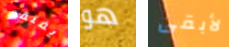
يفتقد هو لأبقى